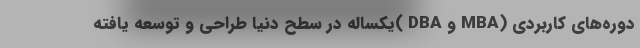
دوره‌های کاربردی (MBA و DBA )یکساله در سطح دنیا طراحی و توسعه یافته